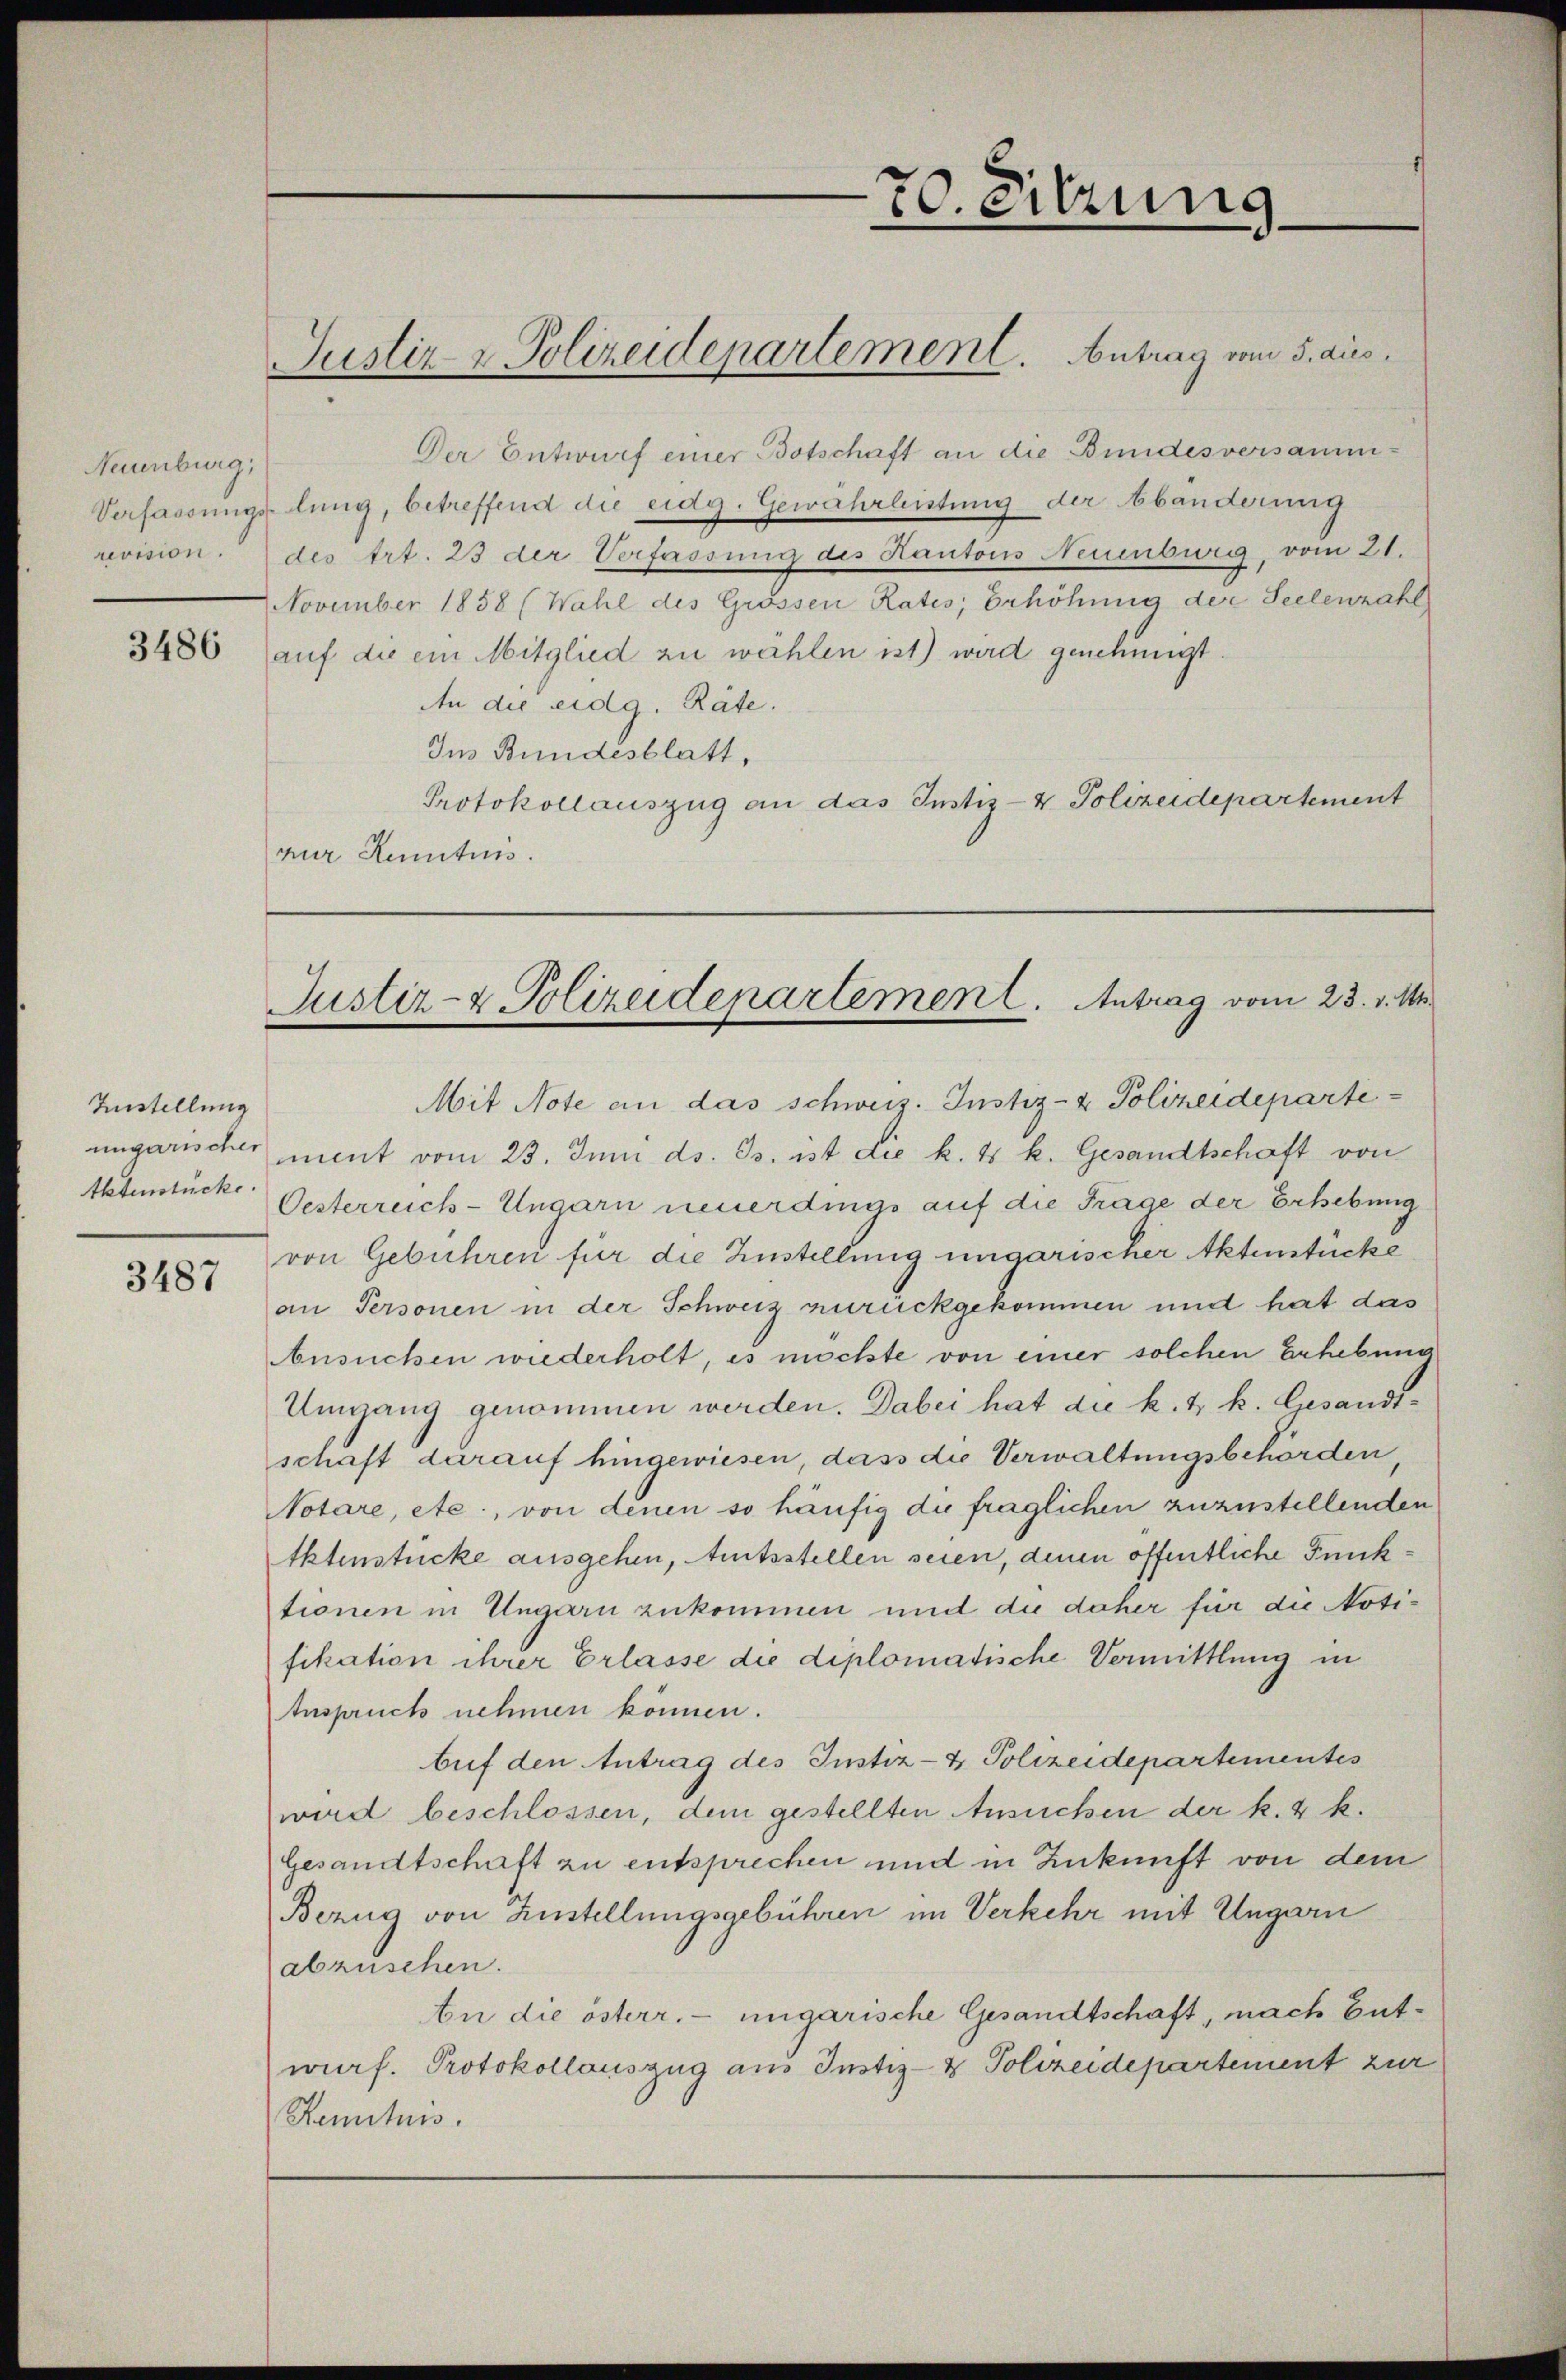
Neuenburg,

Zustellung

70. Sitzung
Justiz & Polizeidepartement. Antrag vom 5. dies

Verfassungslung, betreffend die eidg. Gewahrleistung der banderung
revision. des trt. 23 der Verfassung des Kantons Neuenburg, vom 21.
November 1858 (Wahl des Grössen Rates, Erhöhung der Seelenzahl
3486 (auf die ein Mitglied zu wählen ist) wird genehmigt.
An die eidg. Räte.
Ins Bundesblatt,
Protokollauszug an das Justiz- & Polizeidepartement
nur Kenntnis.

ungarisches ment vom 23. Juni d. Js. ist die k. t k. Gesandtschaft von
thtenstück Oesterreich-Ungarn neuerdings auf die Frage der Erhebung
3487 von Gebühren für die Zustellung ungarischer Aktenstücke
an Personen in der Schweiz zurückgekommen und hat das
besuchen wiederholt, es möchte von einer solchen Erhebung
Umgang genommen werden. Dabei hat die k. k. k. Gesandtschaft darauf hingewiesen, dass die Verwaltungsbehörden,
Notare, etc., von denen so häufig die fraglichen zuzustellenden
tktenstücke ausgehen, Amtsstellen seien, denen öffentliche Funktionen in Ungarn zukommen und die daher für die Notifikation ihrer Erlasse die diplomatische Vermittlung in
Anspruch nehmen können.
bif den Antrag des Instiz- & Polizeidepartementes
wird beschlossen, dem gestellten Ansuchen der k. k.
Gesandtschaft zu entsprechen und in Zukunft von dem
Bezug von Zustellungsgebühren im Verkehr mit Ungarn
abzusehen.
An die österr. ungarische Gesandtschaft, nach Entwurf. Protokollauszug aus Justiz- & Polizeidepartement zur
Renituis.

Der Entwurf einer Botschaft an die Bundesversamm¬

Justiz- & Polizeidepartement. Antrag vom 23. v. M.
Mit Note an das schweiz. Justiz- & Polizeideparte